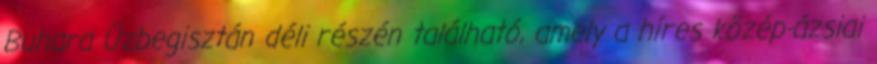
Buhara Üzbegisztán déli részén található, amely a híres közép-ázsiai